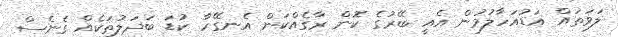
ލަވަތައް އަޑުއަހާލުމުން އެއީ ބޭރުގެ ކޮން ރާގެއްކަން އެނގޭހާ ކުޑަ ބަދަލުތަކެއް ގެނެސް